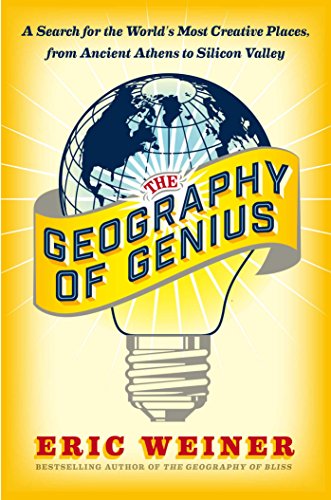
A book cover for The Geography of Genius: A Search for the World's Most Creative Places from Ancient Athens to Silicon Valley; Eric Weiner; Travel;